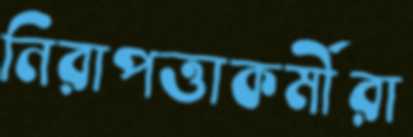
নিরাপত্তাকর্মীরা